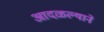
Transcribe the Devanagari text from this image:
आदळल्याने